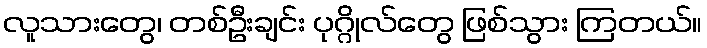
လူသားတွေ၊ တစ်ဦးချင်း ပုဂ္ဂိုလ်တွေ ဖြစ်သွား ကြတယ်။